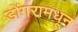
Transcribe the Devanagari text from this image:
डोंगरामधून